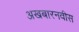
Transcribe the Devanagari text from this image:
अखबारनवीस